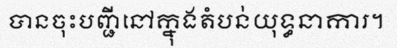
បានចុះបញ្ជីនៅក្នុងតំបន់យុទ្ធនាការ។